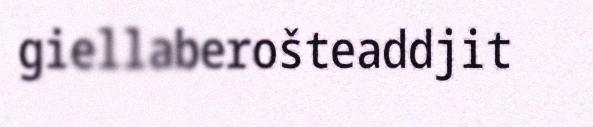
giellaberošteaddjit